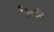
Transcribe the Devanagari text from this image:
सिखातें